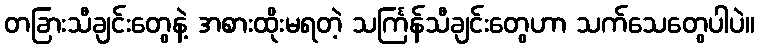
တခြားသီချင်းတွေနဲ့ အစားထိုးမရတဲ့ သင်္ကြန်သီချင်းတွေဟာ သက်သေတွေပါပဲ။